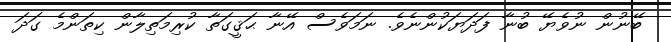
ބޭނުން ނުވެޔޭ ބުނާ ފަދަޔަކުންނެވެ. ނަމަވެސް އޭނާ ޙަޤީގަތާ ކުރިމަތިލާން ކިތަންމެ ގަދަ